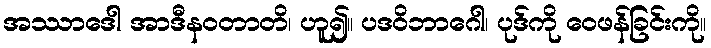
အဿာဒေါ အာဒီနဝတာတိ၊ ဟူ၍။ ပဒဝိဘာဂေါ၊ ပုဒ်ကို ဝေဖန်ခြင်းကို။